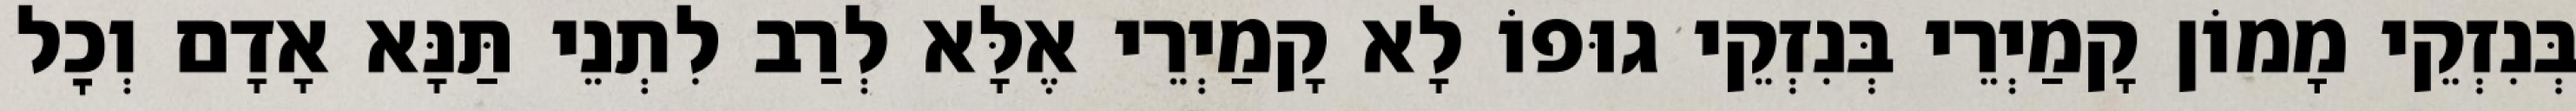
בְּנִזְקֵי מָמוֹן קָמַיְרֵי בְּנִזְקֵי גוּפוֹ לָא קָמַיְרֵי אֶלָּא לְרַב לִתְנֵי תַּנָּא אָדָם וְכׇל